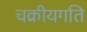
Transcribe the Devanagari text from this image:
चक्रीयगति